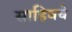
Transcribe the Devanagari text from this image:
साहिबचे